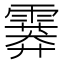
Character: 𩅁